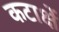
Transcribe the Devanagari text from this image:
कटाक्षें